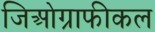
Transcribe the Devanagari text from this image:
जिओग्राफीकल